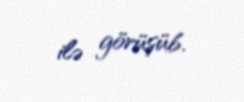
ilə görüşüb.